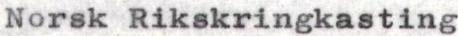
Norsk Rikskringkasting